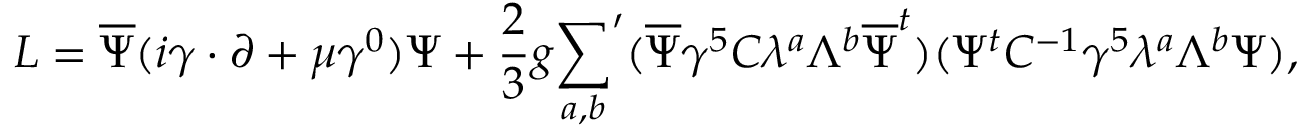
{ \cal L } = \overline { { { \Psi } } } ( i \gamma \cdot \partial + \mu \gamma ^ { 0 } ) \Psi + \frac { 2 } { 3 } g { \sum _ { a , b } } ^ { \prime } ( \overline { { { \Psi } } } \gamma ^ { 5 } C \lambda ^ { a } \Lambda ^ { b } \overline { { { \Psi } } } ^ { t } ) ( \Psi ^ { t } C ^ { - 1 } \gamma ^ { 5 } \lambda ^ { a } \Lambda ^ { b } \Psi ) ,